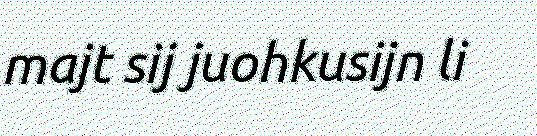
majt sij juohkusijn li